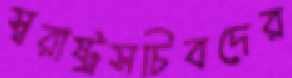
স্বরাষ্ট্রসচিবদের